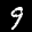
Label: 9